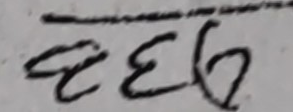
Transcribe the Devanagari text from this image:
रहेछ